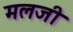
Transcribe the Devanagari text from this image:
मलजी